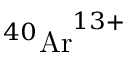
{ ^ { 4 0 } \mathrm { A r } } ^ { 1 3 + }